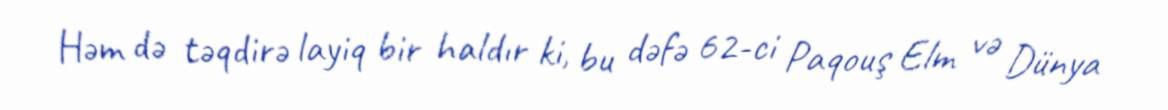
Həm də təqdirə layiq bir haldır ki, bu dəfə 62-ci Paqouş Elm və Dünya